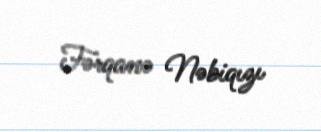
Fərqanə Nəbiqızı